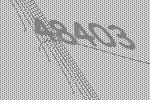
48403